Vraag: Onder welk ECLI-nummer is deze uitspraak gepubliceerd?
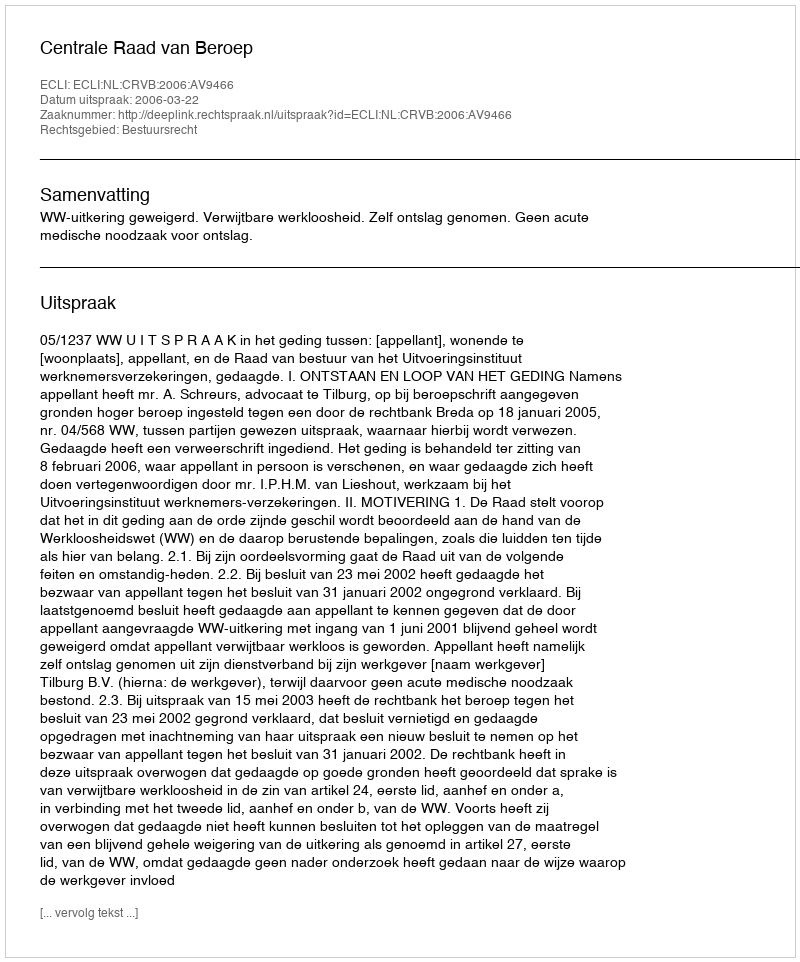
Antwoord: ECLI:NL:CRVB:2006:AV9466